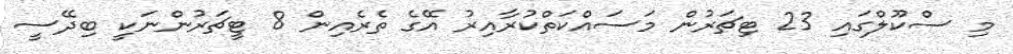
މި ސްކޫލްގައި 23 ޓިޗަރުން މަސައްކަތްކުރާއިރު އޭގެ ތެރެއިން 8 ޓީޗަރުންނަކީ ބިދޭސީ